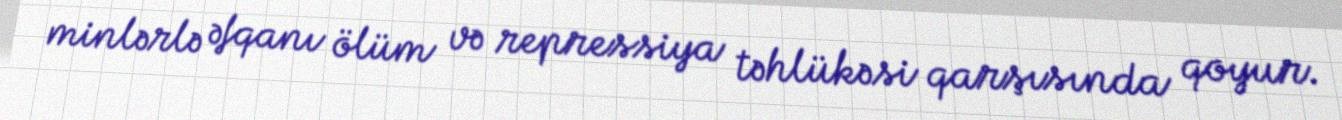
minlərlə əfqanı ölüm və repressiya təhlükəsi qarşısında qoyur.